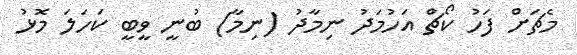
މެޗަށް ފަހު ކޯޗް އަހުމަދު ނިމާދު (ނިމާ) ބުނީ ވީބީ ކަހަލަ މޮޅު